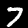
Digit: 7